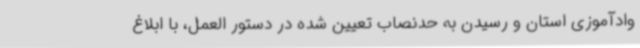
وادآموزی استان و رسیدن به حدنصاب تعیین شده در دستور العمل، با ابلاغ